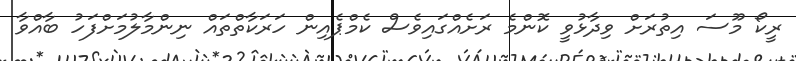
ރީކޯ މޫސަ އިތުރަށް ވިދާޅުވީ ކޮންމެ ރަށެއްގައިވެސް ކެމްޕެއިން ހަރަކާތްތައް ނިންމާލުމަށްފަހު ބާއްވާ